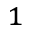
_ 1